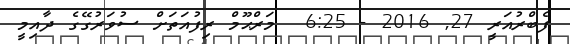
ފެބްރުއަރީ 27